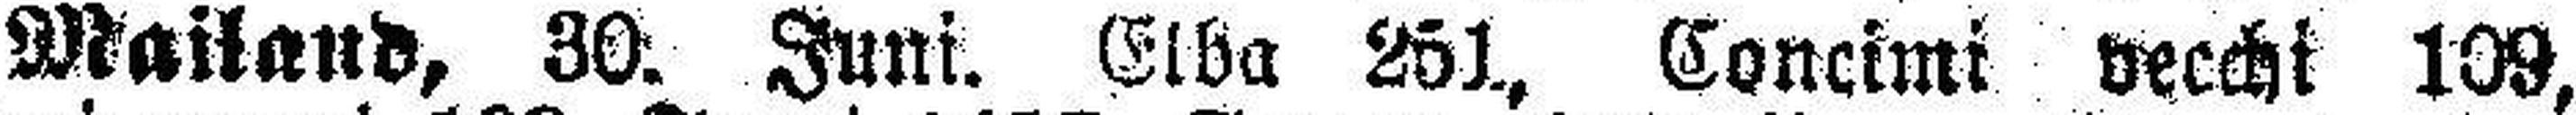
Mailand, 30. Juni. Elba 251., Concimi vecchi 109,